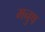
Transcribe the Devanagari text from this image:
मनुष